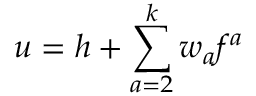
u = h + \sum _ { a = 2 } ^ { k } w _ { a } f ^ { a }